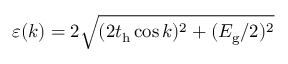
\varepsilon ( k ) = 2 \sqrt { ( 2 t _ { \mathrm { h } } \cos k ) ^ { 2 } + ( E _ { \mathrm { g } } / 2 ) ^ { 2 } }